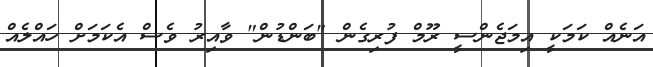
އަނެއް ކަމަކީ އިމަޖެންސީ ރޫމް ފުރިގެން "ބަންޑުން" ވާއިރު ވެސް އެކަމަށް ހައްލެއް